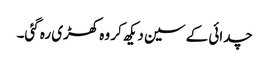
چدائی کے سین دیکھ کر وہ کھڑی رہ گئی۔